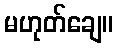
မဟုတ်ချေ။